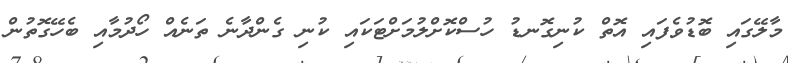
މާލޭގައި ބޮޑުވެފައި އޮތް ކުނިގޮނޑު ހުސްކޮށްލުމަށްޓަކައި ކުނި ގެންދާނެ ތަނެއް ހޯދުމާއި ބެހޭގޮތުން